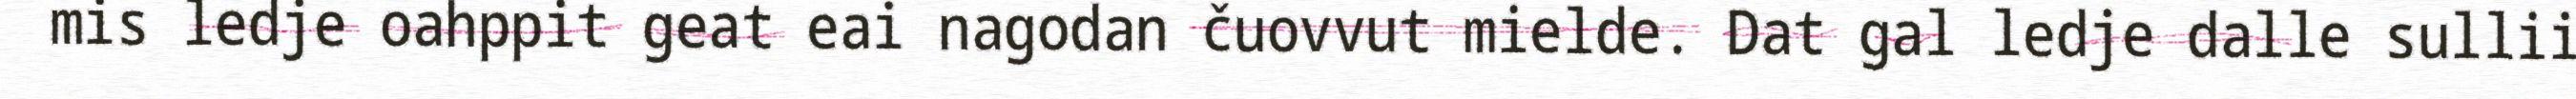
mis ledje oahppit geat eai nagodan čuovvut mielde. Dat gal ledje dalle sullii